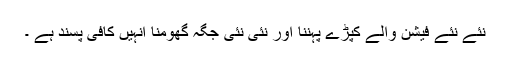
نئے نئے فیشن والے کپڑے پہننا اور نئی نئی جگہ گھومنا انہیں کافی پسند ہے ۔